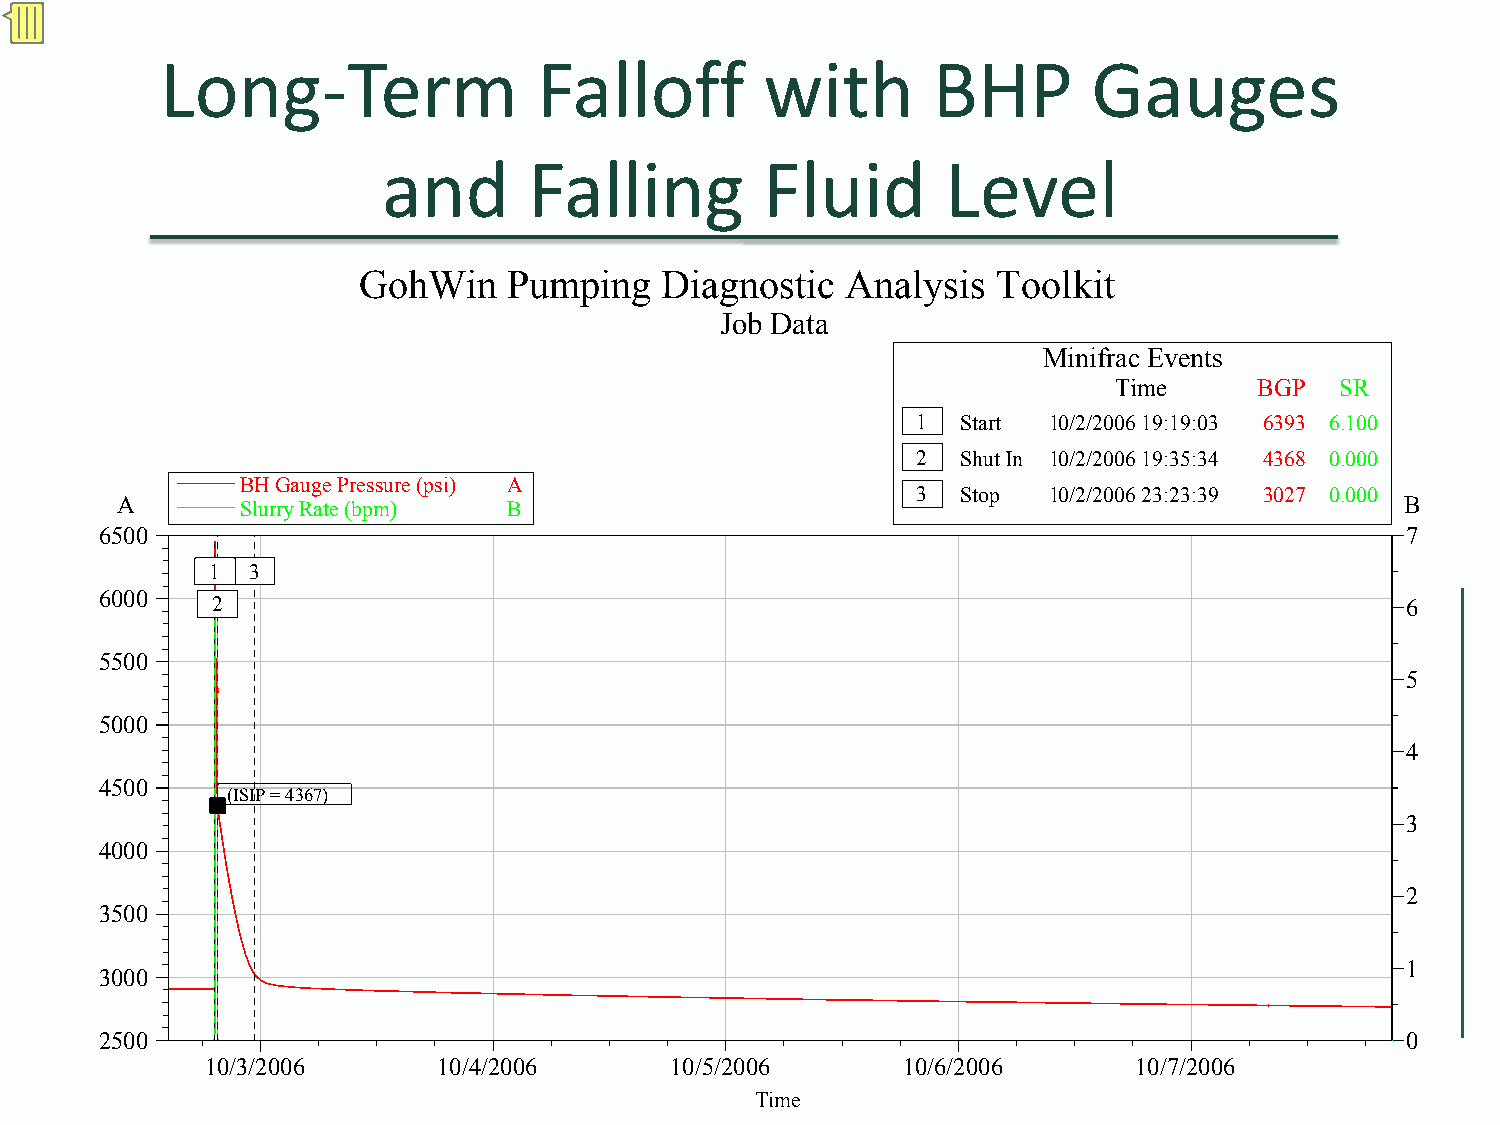
Long‐Term               Falloff         with       BHP       Gauges
 and       Falling        Fluid        Level
 GohWin    Pumping   Diagnostic  Analysis  Toolkit
 Job Data
 Minifrac Events
 Time     BGP   SR
 1  Start 10/2/2006 19:19:03 6393 6.100
 2  Shut In 10/2/2006 19:35:34 4368 0.000
 BH Gauge Pressure (psi) A
 3  Stop 10/2/2006 23:23:39 3027 0.000
 A       Slurry Rate (bpm) B                                                          B
 6500                                                                                  7
 1 3
 6000
 2                                                                              6
 5500
 5
 5000
 4
 4500
 (ISIP = 4367)
 3
 4000
 2
 3500
 1
 3000
 2500                                                                                  0
 10/3/2006      10/4/2006      10/5/2006       10/6/2006      10/©7/ 22000069
 Time